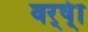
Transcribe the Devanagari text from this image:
वर्ष्‍ेा